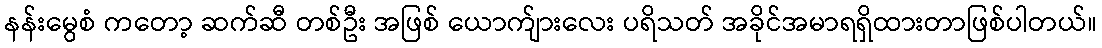
နန်းမွေစံ ကတော့ ဆက်ဆီ တစ်ဦး အဖြစ် ယောက်ျားလေး ပရိသတ် အခိုင်အမာရရှိထားတာဖြစ်ပါတယ်။